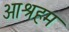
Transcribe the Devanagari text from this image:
आश्रहम